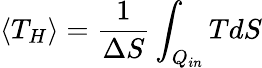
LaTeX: \langle T_{H}\rangle={\frac{1}{\Delta S}}\int_{Q_{in}}TdS